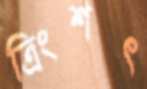
ত্রিংশৎ